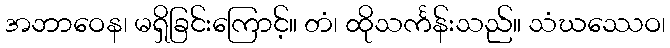
အဘာဝေန၊ မရှိခြင်းကြောင့်။ တံ၊ ထိုသင်္ကန်းသည်။ သံဃဿေဝ၊